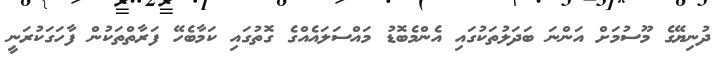
ދުނިޔޭގެ މޫސުމަށް އަންނަ ބަދަލުތަކުގައި އެންމެބޮޑު މައްސަލައެއްގެ ގޮތުގައި ކަމާބެހޭ ފަރާތްތަކުން ފާހަގަކުރަނީ